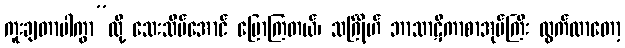
ကူးချတာပါကွာ”လို့ သေးသိမ်အောင် ပြောကြတယ်၊ သင်္ဂြိုဟ် ဘာသာဋီကာစာအုပ်ကြီး ထွက်လာတော့